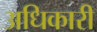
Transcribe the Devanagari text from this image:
अधिकारी